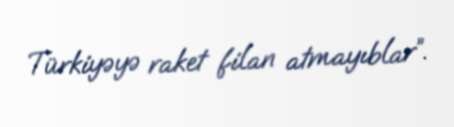
Türkiyəyə raket filan atmayıblar”.